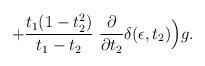
LaTeX: \begin{align*}+ {t_1 (1 - t_2^2)\over t_1 - t_2} ~ {\partial\over\partial t_2} \delta(\epsilon, t_2) \Big) g .\end{align*}